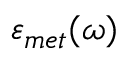
\varepsilon _ { m e t } ( \omega )